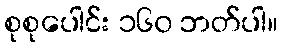
စုစုပေါင်း ၁၆၀ ဘတ်ပါ။